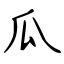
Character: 瓜